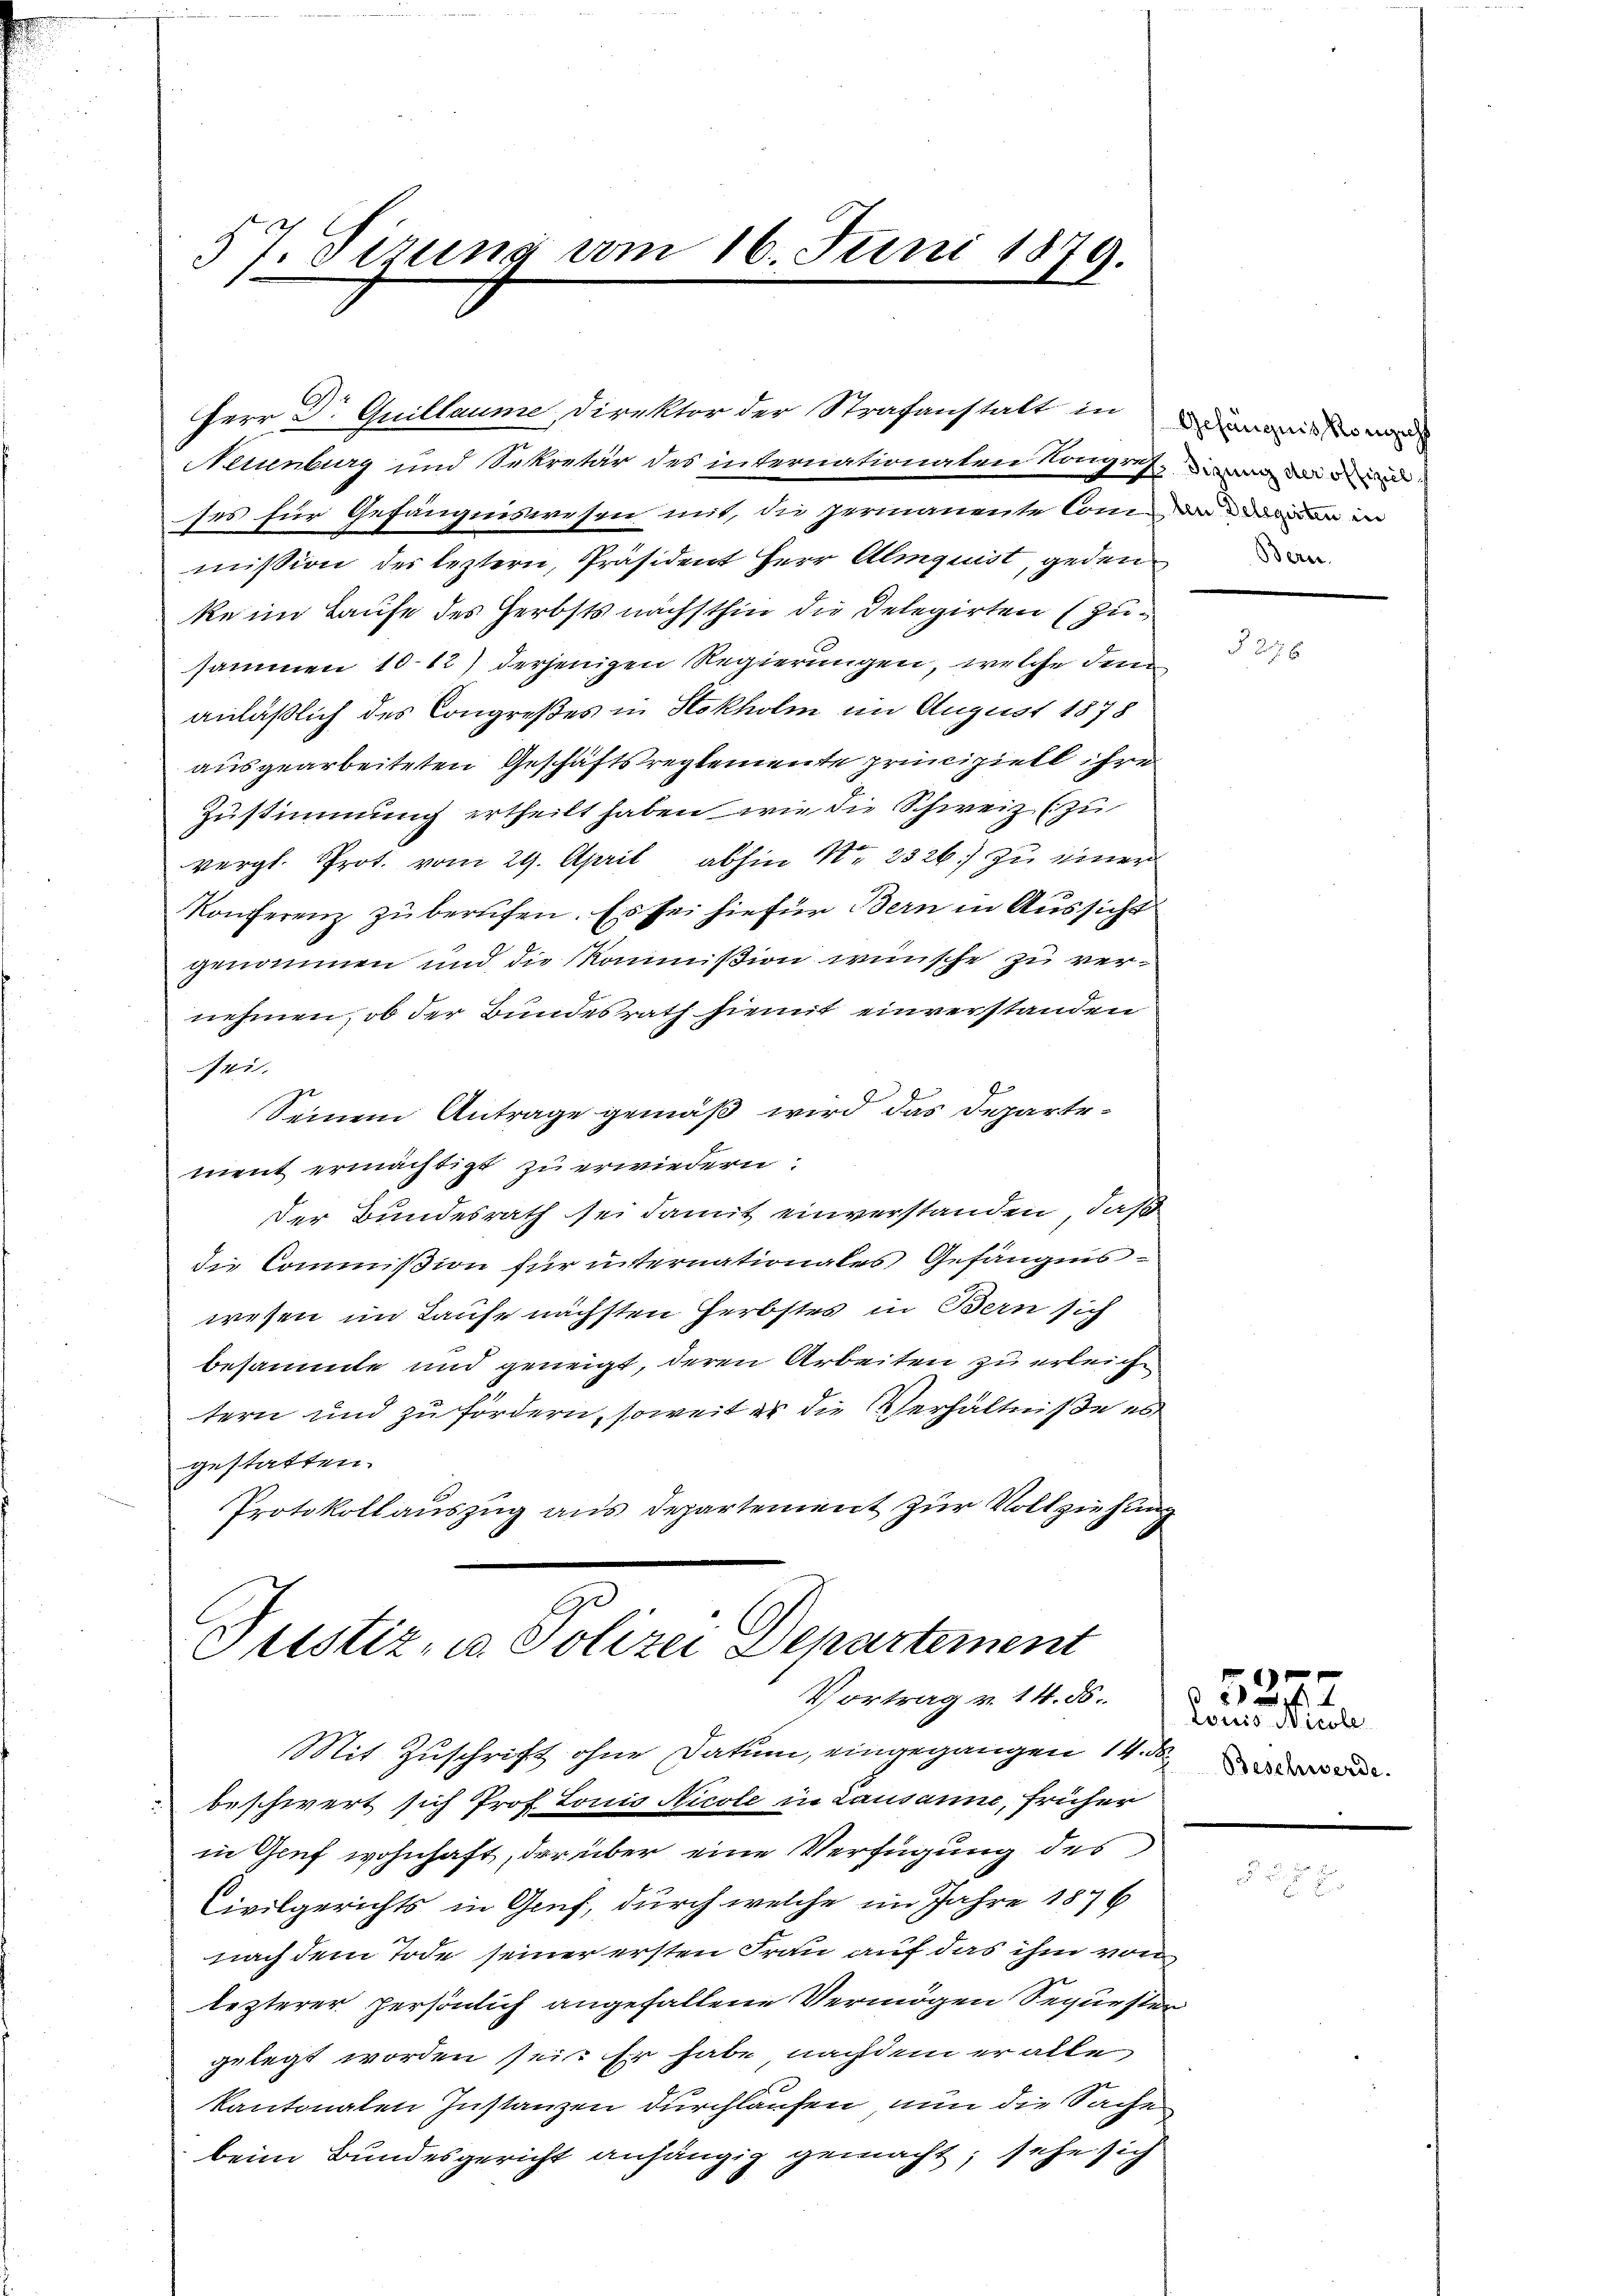
57. Sirung vom 16. Juni 1879.

Neuenburg und Sekretär des internationaten Kongres
ses für Gefängniswesen mit, die permanente Com-
mission der leztern, Präsident Herr Almquist, geden
ke im Laufe des Herbsts nächsthin die Delegirten (Zusammen 10-12) derjenigen Regierungen, welche dem
anläßlich des Congreßes in Stokholm im August 1878
ausgearbeiteten Geschäftsreglemente principiell ihre
Zustimmung ertheilt haben, wie die Schweiz (zu
vergl. Prot. vom 29. April abhin Nr. 2326.) zu einer
f
Konferenz zŭ berufen. Es sei hiefür Bern in Aussicht
genommen und die Kommißion wünsche zu vernehmen, ob der Bundesrath hiemit einverstanden
sei.
Seinem Antrage gemäß wird das Departement ermächtigt zu erwiedern.
der Bundesrath sei damit einverstanden, daß
die Commißion für internationales Gefängniswesen im Laufe nächsten Herbstes in Bern sich
besammte und geneigt, deren Arbeiten zu erleichen
tern und zu fördern, soweit er die Verhältniße es
gestatten.
Protokollauszug aus Departement zur Vollziehung

Herr Dr. Quillaume, Direktor der Strafanstalt in

Justiz- u. Polizei Departement
Vortrag v. 14. ds.

Mit Zuschrift ohne Datum, eingegangen 14. d
beschwert sich Prof. Louis Nicole in Lausanne, früher
in Genf wohnhaft, der über eine Verfügung des
Civilgerichts in Genf, durch welche im Jahre 1876
nach dem Tode seiner ersten Frau auf das ihm von
lezterer persönlich angefallene Vermögen Sepurster
gelegt worden sei. Er habe, nachdem er alle
kantonalen Instanzen durchlaufen, nun die Sache
beim Bundesgericht anhängig gemacht, sehe sich

Gefängnis Röngicht
ben Delegirten in

3.

Louis Nicole
Beschwerde.

.
 80 rp